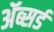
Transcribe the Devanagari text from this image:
ॲब्सर्ड